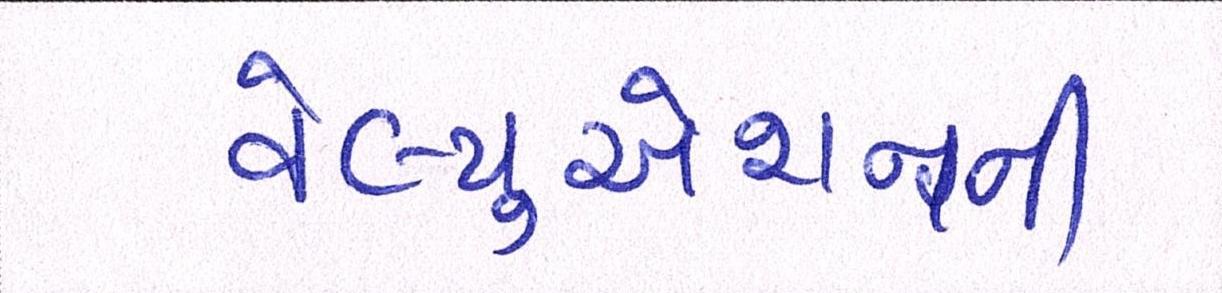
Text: વેલ્યુએશનની